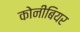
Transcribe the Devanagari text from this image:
कोनीबियर